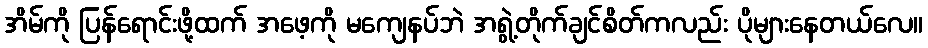
အိမ်ကို ပြန်ရောင်းဖို့ထက် အဖေ့ကို မကျေနပ်ဘဲ အရွဲ့တိုက်ချင်စိတ်ကလည်း ပိုများနေတယ်လေ။